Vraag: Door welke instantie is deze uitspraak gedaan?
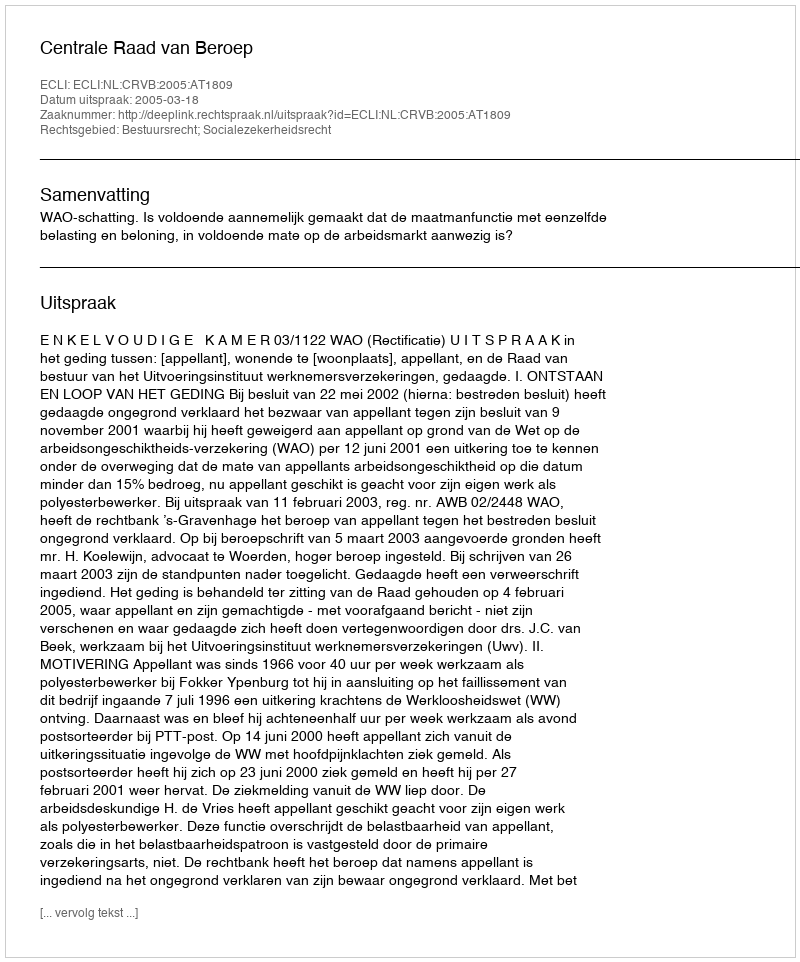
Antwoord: Centrale Raad van Beroep